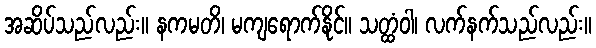
အဆိပ်သည်လည်း။ နကမတိ၊ မကျရောက်နိုင်။ သတ္ထံဝါ၊ လက်နက်သည်လည်း။